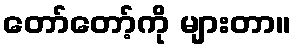
တော်တော့်ကို များတာ။